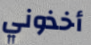
أخذوني